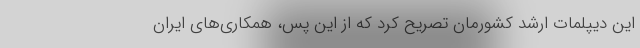
این دیپلمات ارشد کشورمان تصریح کرد که از این پس، همکاری‌های ایران